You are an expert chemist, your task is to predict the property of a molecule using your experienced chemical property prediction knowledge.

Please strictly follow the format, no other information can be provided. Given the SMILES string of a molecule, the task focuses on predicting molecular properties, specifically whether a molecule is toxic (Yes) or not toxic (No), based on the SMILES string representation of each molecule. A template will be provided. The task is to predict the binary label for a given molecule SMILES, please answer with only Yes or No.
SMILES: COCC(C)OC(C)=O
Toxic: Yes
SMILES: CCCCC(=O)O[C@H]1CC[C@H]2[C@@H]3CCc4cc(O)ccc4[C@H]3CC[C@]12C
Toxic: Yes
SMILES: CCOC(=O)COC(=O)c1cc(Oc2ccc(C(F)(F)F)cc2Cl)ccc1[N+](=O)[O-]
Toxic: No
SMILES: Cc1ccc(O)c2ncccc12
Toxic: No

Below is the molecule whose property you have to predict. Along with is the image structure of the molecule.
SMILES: CC(=O)[O-].[Na+]
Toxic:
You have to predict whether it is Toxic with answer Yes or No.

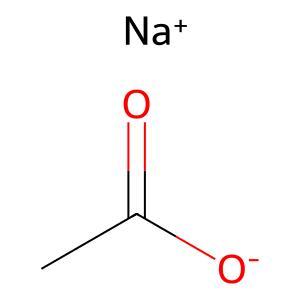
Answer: No